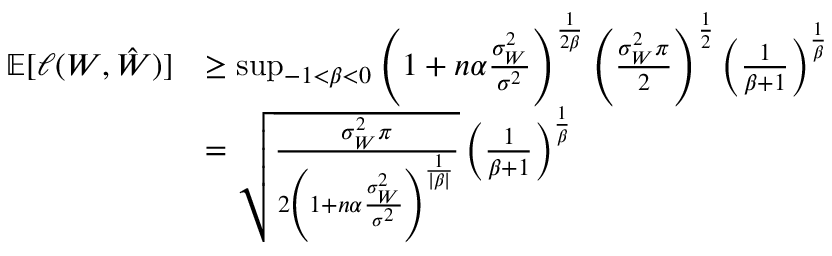
\begin{array} { r l } { \mathbb { E } [ \ell ( W , \hat { W } ) ] } & { \geq \operatorname* { s u p } _ { - 1 < \beta < 0 } \left( 1 + n \alpha \frac { \sigma _ { W } ^ { 2 } } { \sigma ^ { 2 } } \right) ^ { \frac { 1 } { 2 \beta } } \left( \frac { \sigma _ { W } ^ { 2 } \pi } { 2 } \right) ^ { \frac 1 2 } \left( \frac { 1 } { \beta + 1 } \right) ^ { \frac 1 \beta } } \\ & { = \sqrt { \frac { \sigma _ { W } ^ { 2 } \pi } { 2 \left( 1 + n \alpha \frac { \sigma _ { W } ^ { 2 } } { \sigma ^ { 2 } } \right) ^ { \frac { 1 } { | \beta | } } } } \left( \frac { 1 } { \beta + 1 } \right) ^ { \frac 1 \beta } } \end{array}